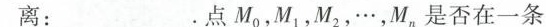
离：_______。点M0，M1，M2，…，M，是否在一条